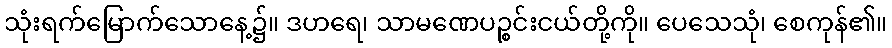
သုံးရက်မြောက်သောနေ့၌။ ဒဟရေ၊ သာမဏေပဉ္စင်းငယ်တို့ကို။ ပေသေသုံ၊ စေကုန်၏။